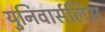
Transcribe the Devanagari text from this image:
युनिवार्सलिस